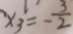
x _ { 3 } = - \frac { 3 } { 2 }